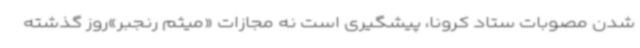
شدن مصوبات ستاد کرونا، پیشگیری است نه مجازات «میثم رنجبر»روز گذشته